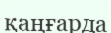
қаңғарда